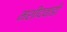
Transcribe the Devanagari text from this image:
मशीदवाडी